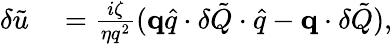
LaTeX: \begin{array}{rl}{\delta\tilde{u}}&{{}=\frac{i\zeta}{\eta q^{2}}(\textbf{q}\hat{q}\cdot\delta\tilde{Q}\cdot\hat{q}-\textbf{q}\cdot\delta\tilde{Q}),}\end{array}